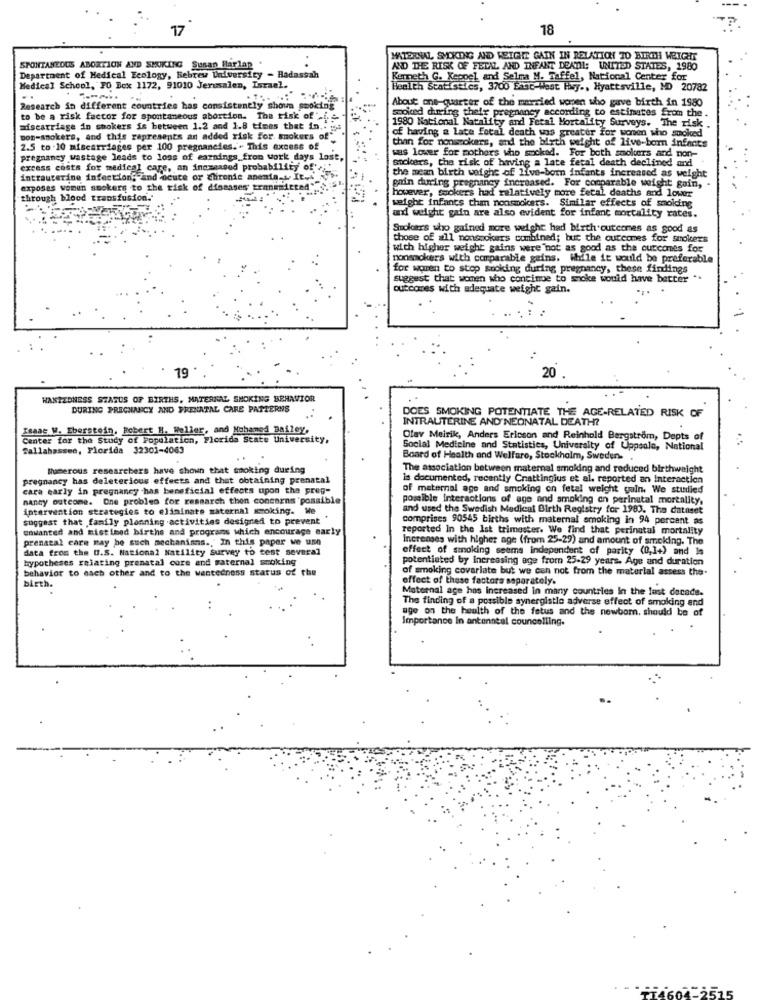
17
18
MATERNAL SMOKING AND WEIGHT GAIN IN RELATION TO BICH WEIGHT
Department of Medical Ecology, Hebrew University - Hadassah
SPONTANEOUS ABORTION AND SMOKING Susan Harlap .
AND THE RISK OF FETAL AND INFANT DEATH: UNITED STATES, 1980
Kenneth G. Keppel and Selma M. Taffel, National Center for
Medical School, PO Box 1172, 91010 Jeresalen, Israel.
Health Statistics, 3700 East-West Hry ., Hyattsville, MD 20782
..
About ons-quarter of the married wonen who gave birth in 1980
Research in different countries has consistently shown smoking
to be a risk factor for spontaneous abortion. The risk of ".i. s.
smoked during their pregnancy according to estimates from the .
miscarriage in smokers is between 1.2 and 1.8 times that in .. .
1980 National Natality and Fetal Mortality Surveys. The risk
of having a Late fetal death was greater for women who smoked
non-smokers, and this represents an added risk for smokers of"
than for nonsmokers, and the birth weight of live-bom infants
2.5 to .10 miscarriages per 100 pregnancies .. This excess of
pregnancy wastage leads to loss of earnings from work days lost,
sockers, the risk of having a late fetal death declined and
was lower for mothers who smoked. For both smolders and non-
excess costs for medical care, an inomeased probability of'>
intrauterine infection, and acute or chronie anemia __ It ...
the mean birth weight of live-born infants increased as weight
pain during pregnancy increased. For comparable weight gain ,.
exposes women smokers to the risk of diosases transmitted"
however, Sockers had relatively more fetal deaths and lower
through blood transfusion.
weight infants than nonsmokers. Similar effects of smolding
ad weight gain are also evident for infant mortality rates.
Smoloers who gained more weighe had birth outcomes as good as
those of all nonsmokers combined; but the outcomes for smokers
with higher weight gains were not as good as the outcomes for
nonsmokers with comparable gains, While it would be preferable
for women to stop smoking during pregnancy, these findings
suggest that women who continue to smoke would have better
outcomes with adequate weight gain.
19
20
WANTEDNESS STATUS OF BIRTHS, MATERNAL SMOKING BEHAVIOR
DURING PREGNANCY AND PRENATAL CARE PATTERNS
DOES SMOKING POTENTIATE THE AGE-RELATED RISK OF
INTRAUTERINE AND NEONATAL DEATH?
Isaac W. Eberstein. Robert H. Weller, and Mohamed Bailey,
Center for the Study of Population, Florida State University,
Olav Meirik, Anders Ericson and Reinhold Bergstrom, Depts of
Tallahassee, Florida 32301-4063
Social Medicine and Statistics, University of Uppsala, National
Board of Health and Welfare, Stockholm, Sweden ..
Numerous researchers have shown that smoking during
The association between maternal smoking and reduced birthweight
pregnancy has deleterious effects and that obtaining prenatal
Is documented, recently Cnattingius et al. reported an interaction
cara early in pregnancy has beneficial effects upon tha preg-
of maternal age and smoking on fetal weight gain. We studied
nancy outcome. One problem for research thon conearns "possible
possible Interactions of age and smoking on perinatal mortality,
intervention strategies to eliminate maternal smoking. We
and used the Swedish Medical Birth Registry for 1983. The dataset
suggest that family planning activities designed to prevent
comprises 90545 births with maternal smoking in 94 percent as
unwanted and mistimed births and programs which encourage early
reported In the lat trimester. We find that perinatal mortality
prenatal care may be such mechanisms ., In this paper we use
Increnses with higher age (from 25-29) and amount of smoking. The
data from the U.S. National Natility Survey to test several
effect of smoking seems independent of parity (0,1+) and is
hypotheses relating prenatal core and maternal smoking
potentiated by increasing age from 25-29 years. Age and duration
behavior to each other and to the wantedness status of the
of smoking covarlate but we can not from the material assess the.
effect of these factors separately.
birth.
Maternal age has increased in many countries in the last decade.
The finding of a possible synergistle adverse effect of smoking and
age on the health of the fetus and the newbom. should be of
Importance In antenneal councelling.